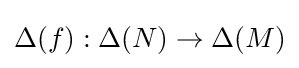
\Delta (f):\Delta (N)\to \Delta (M)